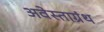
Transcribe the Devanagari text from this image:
अवेस्ताग्रंथ